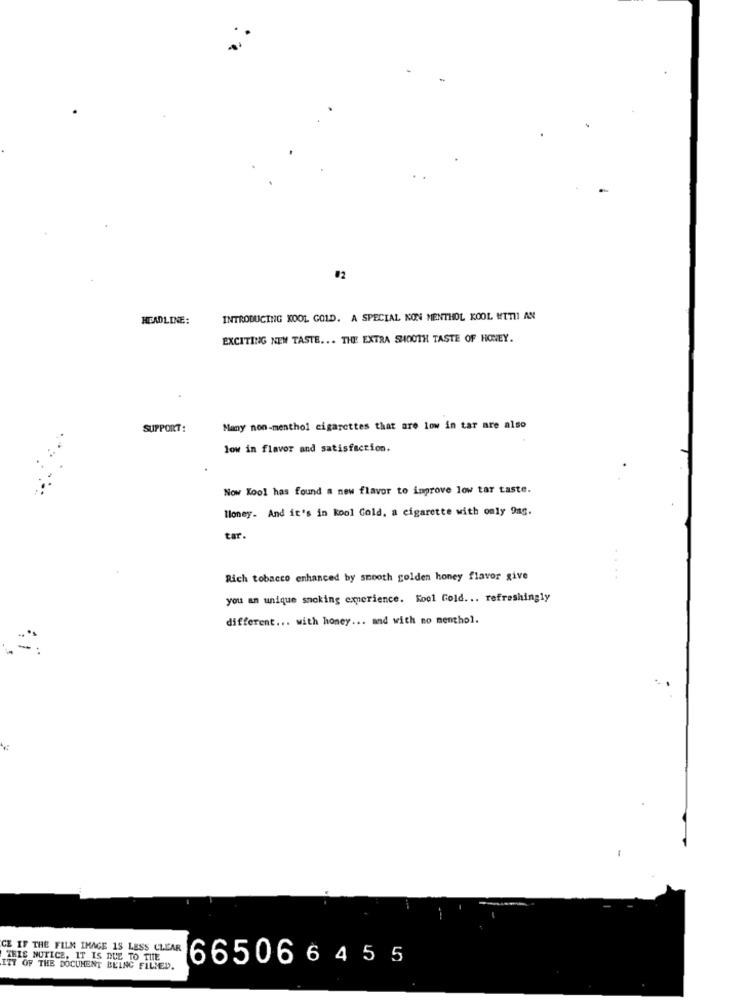
HEADLINE:
INTRODUCING KOOL GOLD. A SPECIAL NON MENTHOL KOOL WITH AN
EXCITING NEM TASTE ... THE EXTRA SHOOTH TASTE OF HONEY.
SUPPORT:
Many non-menthol cigarettes that are low in tar are also
low in flavor and satisfaction.
Now Kool has found a new flavor to improve low tar taste.
Money. And it's in kool Gold, a cigarette with only 9ag.
tar.
Rich tobacco enhanced by smooth golden honey flavor give
you an unique smoking experience. Kool Gold ... refreshingly
different ... with honey ... and with no menthol.
CE IF THE FILM IMAGE IS LESS CLEAR
THIS NOTICE, IT IS DUE TO THE
665066455
ITT OF THE DOCUMENT BEING FILMED.